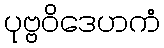
ပုဗ္ဗဝိဒေဟကံ